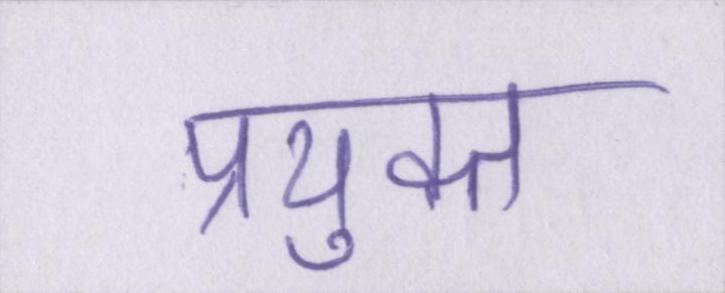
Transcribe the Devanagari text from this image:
प्रयुक्त